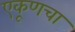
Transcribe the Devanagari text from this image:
एकूणचा